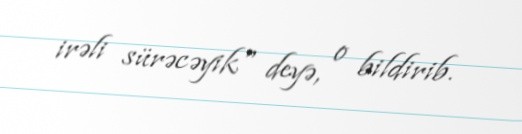
irəli sürəcəyik" deyə, o bildirib.